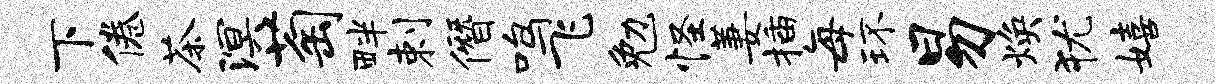
下倦茶溟萄畔剌僭鸣飞勉怪萋插每环易焕犹嬉